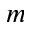
m